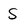
Character: S